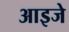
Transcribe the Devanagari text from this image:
आइजे